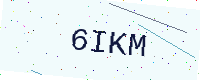
Text: 6IKM